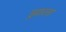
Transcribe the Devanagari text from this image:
झ़ाला